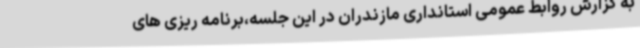
به گزارش روابط عمومی استانداری مازندران در این جلسه،برنامه ریزی های